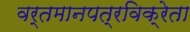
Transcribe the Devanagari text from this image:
वर्तमानपत्रविक्रेता